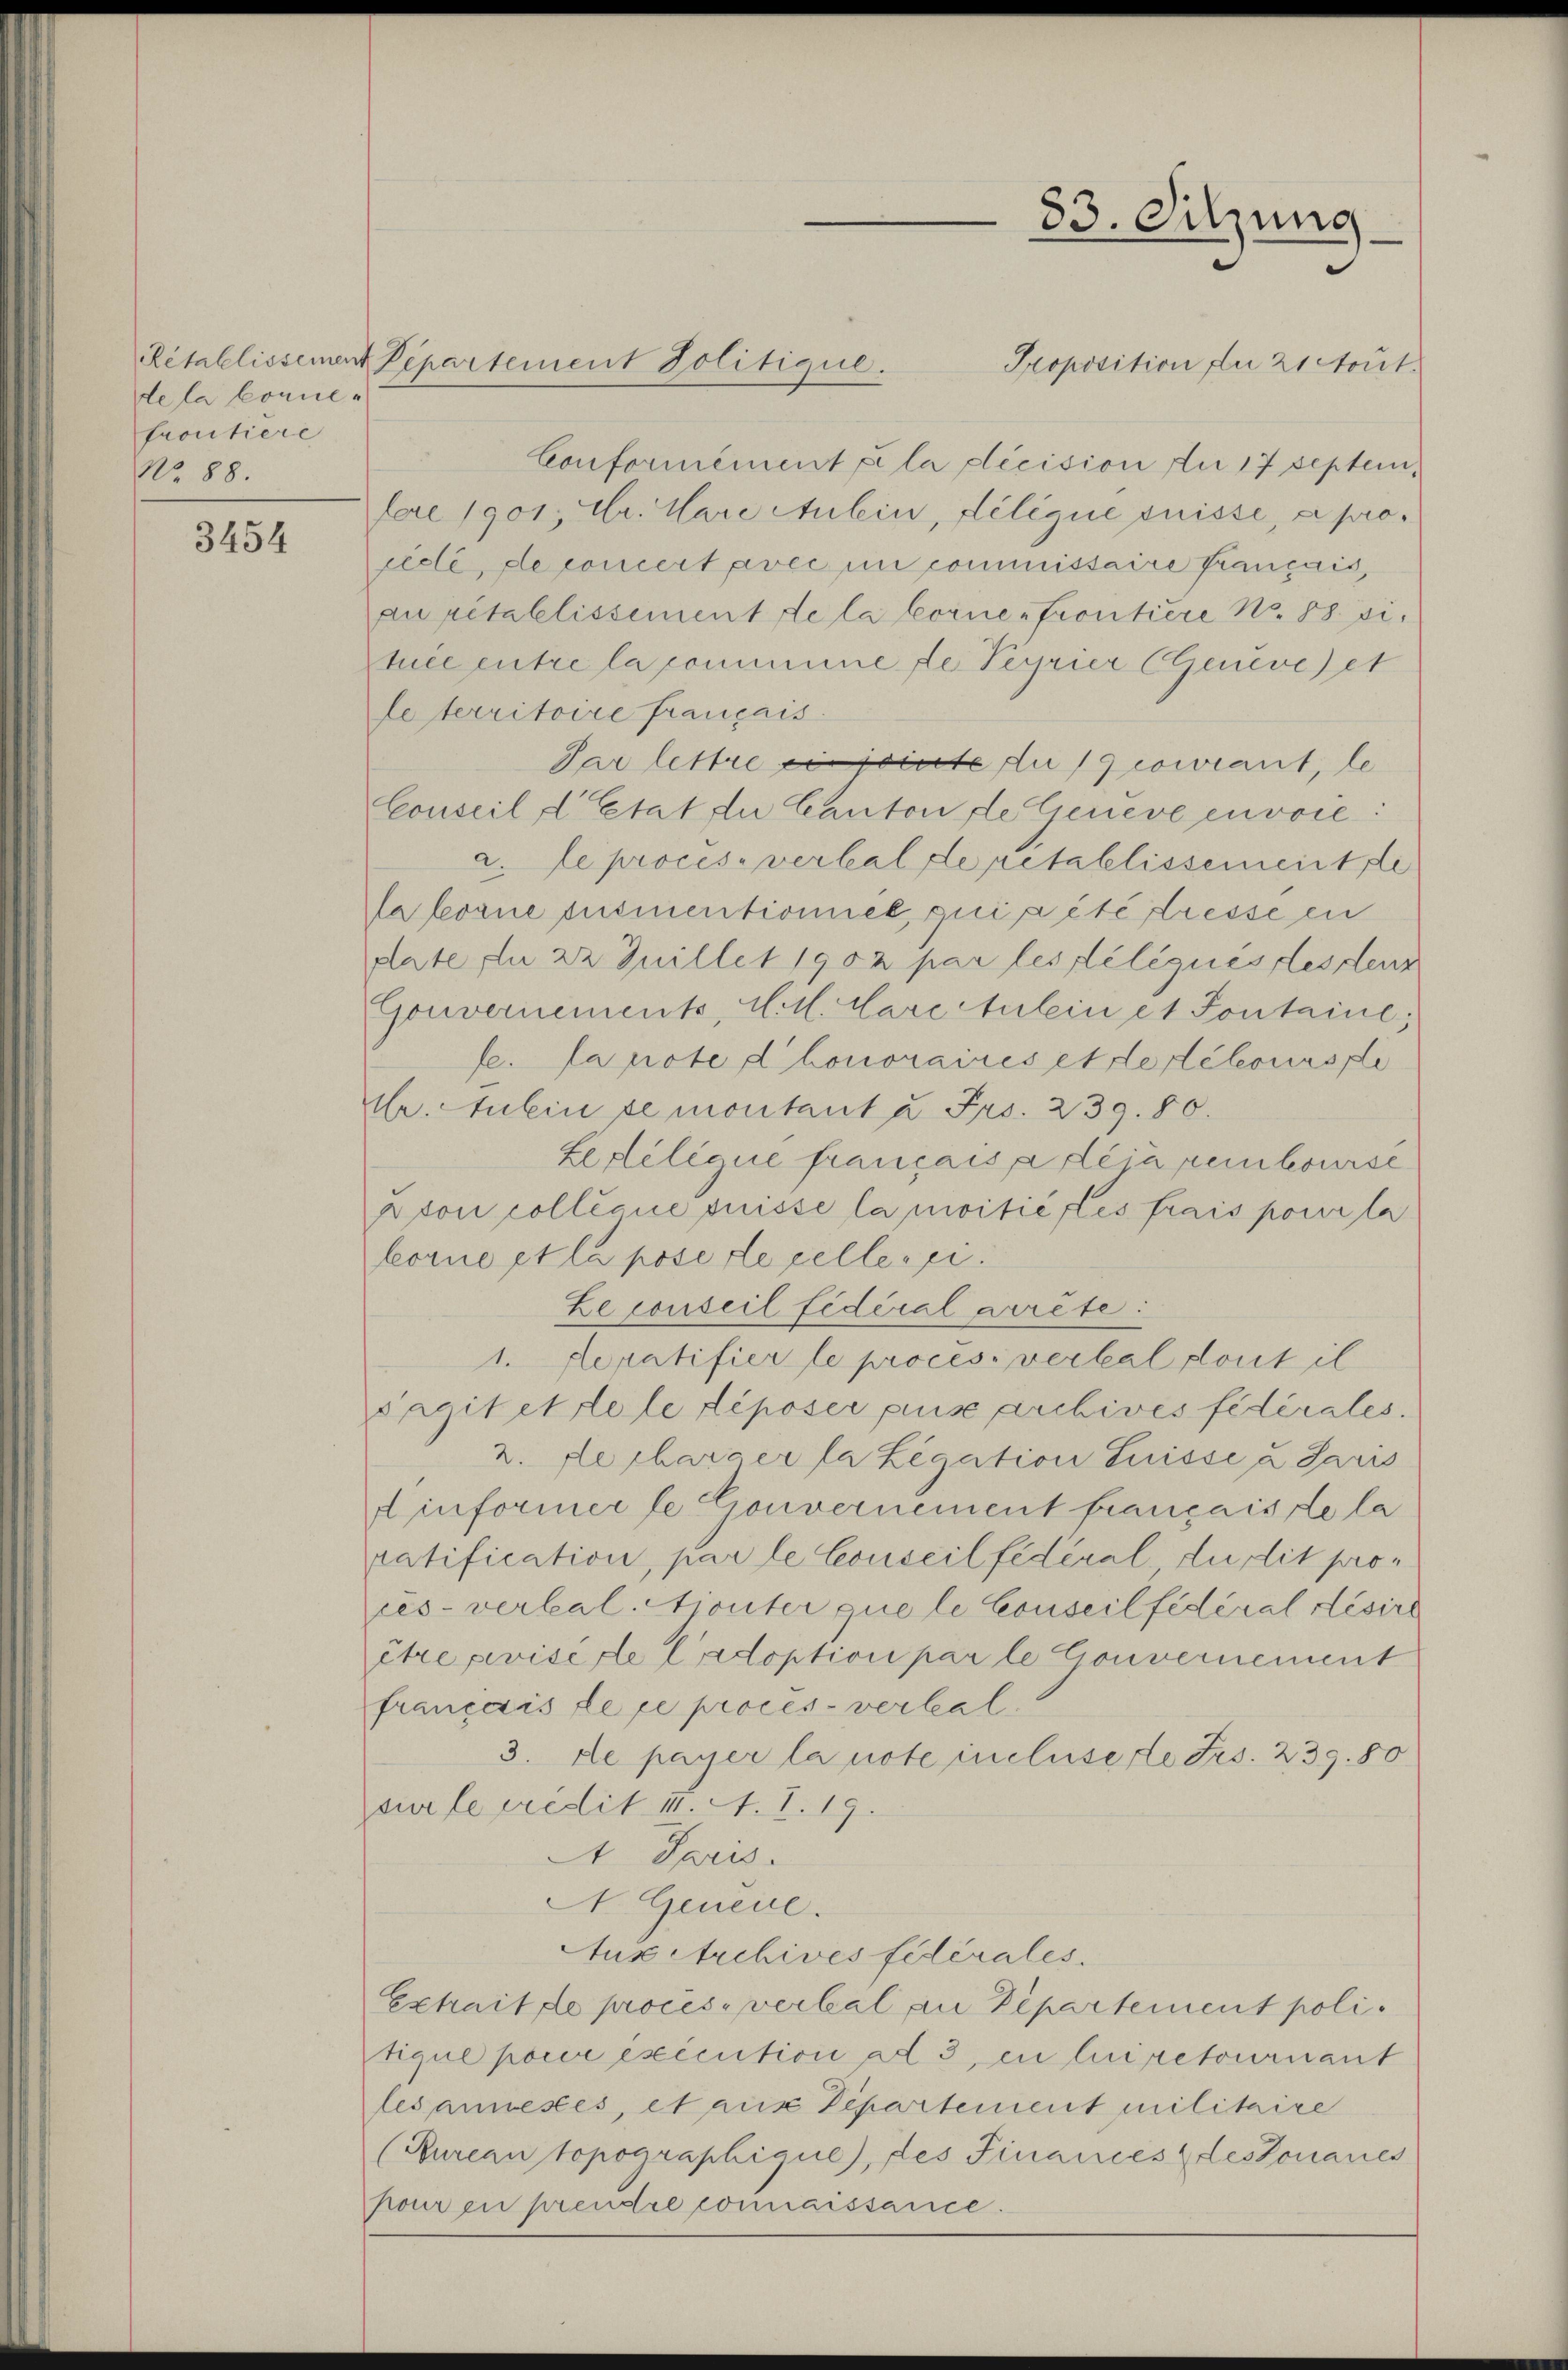
de la bonnefrontiere
No. 88.

3454

Proposition du 21 Nout.
Conformément à la décision du 17 Septemtere 1901, Sr. Mare Anlein, Lilique suisse, a prorecte, de concert avec in commissaire français,
zu retallissement de la loine Frontiere No. 88 située entre la commune de Peyrier Genevezet
le territoire français.
Par lettre sie sollte du comiant, le
Conseil d’Etat du Canton de Geneve envoie:
a. Le procise verbal de rétablissementste
lborne fusmentioniel, qui a été dresse en
date, die 22 Juillet 1902 par les déliques des Lenz
Gouvernements, A. H. Care Anlein et Sontaine;
fe. Panote d honoraires et de selonasse
Mr. Gubin se montant u Frs. 239. 80.
Zedelique français a dein rembourse
pton collécice puisse la moitié les frais pour la
borne et la pose Lepellen si
Le conseil fédéral arrête:
1. Sepatifier le proces. verbal dont il
sagit et tele déposer pux archives fédérales.
2. Recharcer la Legation Suisse u Paris
d informer le Gouvernement français de la
pratification, par le Conseil fédéral, dudit prores-verbal. Ajouter que le Conseil fédéral désire
être prise de Cadoption par le Gouvernement
français le ce procès-verbal
3. de payer la note incluserte Frs. 239. 80
sur le credit IV A. 1. 19.
A Paris.
A. Geneie.
Auxetrchives fédérales.
Extrait de procès-verbal an Departement politique pour exécution ad 3, en lui retournant
lesannestes, et aus Departement militaire
(Kureau topographique), des Finances des donanes
hour en prendre connaissance.

Rétablissement Pepartement Politique.

83. Sitzung